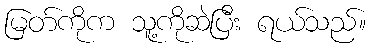
မြတ်ကိုက သူ့ကိုဆဲပြီး ရယ်သည်။